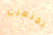
يمنعني